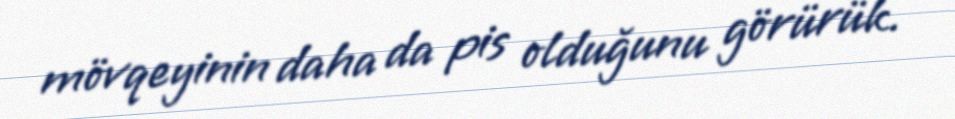
mövqeyinin daha da pis olduğunu görürük.